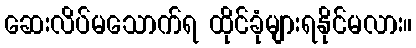
ဆေးလိပ်မသောက်ရ ထိုင်ခုံများရနိုင်မလား။